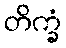
တိက္ခံ